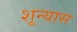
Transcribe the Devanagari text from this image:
शून्यास